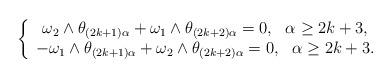
LaTeX: \begin{align*}\left\{\begin{array}{cc}\omega_2\wedge\theta_{(2k+1)\alpha}+\omega_1\wedge\theta_{(2k+2)\alpha}=0,~~\alpha\geq 2k+3,\\-\omega_1\wedge\theta_{(2k+1)\alpha}+\omega_2\wedge\theta_{(2k+2)\alpha}=0,~~\alpha\geq 2k+3.\end{array}\right.\end{align*}